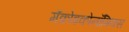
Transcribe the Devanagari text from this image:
मॅक्रोइकोनॉमिक्स